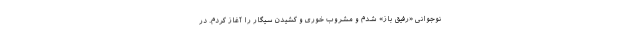
نوجوانی «رفیق باز» شدم و مشروب خوری و کشیدن سیگار را آغاز کردم. در